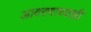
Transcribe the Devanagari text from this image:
आवरणाच्याही